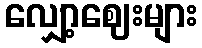
လျှော့ဈေးများ